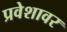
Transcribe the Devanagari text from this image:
प्रवेशावर